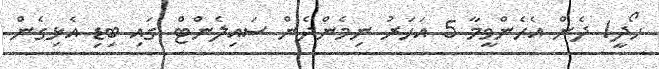
ހޯދީ! ދެން އެހެންވީމާ 5 އަހަރު ނިމެންދެން ސައިލެންޓް ގައި ބިޑި އެޅިގެން